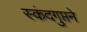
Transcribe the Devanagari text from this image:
स्कंदगुप्तने